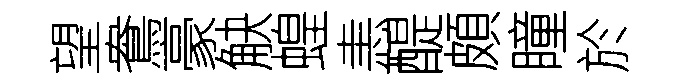
望鴦豪觖蝗恚醍頗瞳於